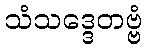
သံသဒ္ဒေတဗ္ဗံ